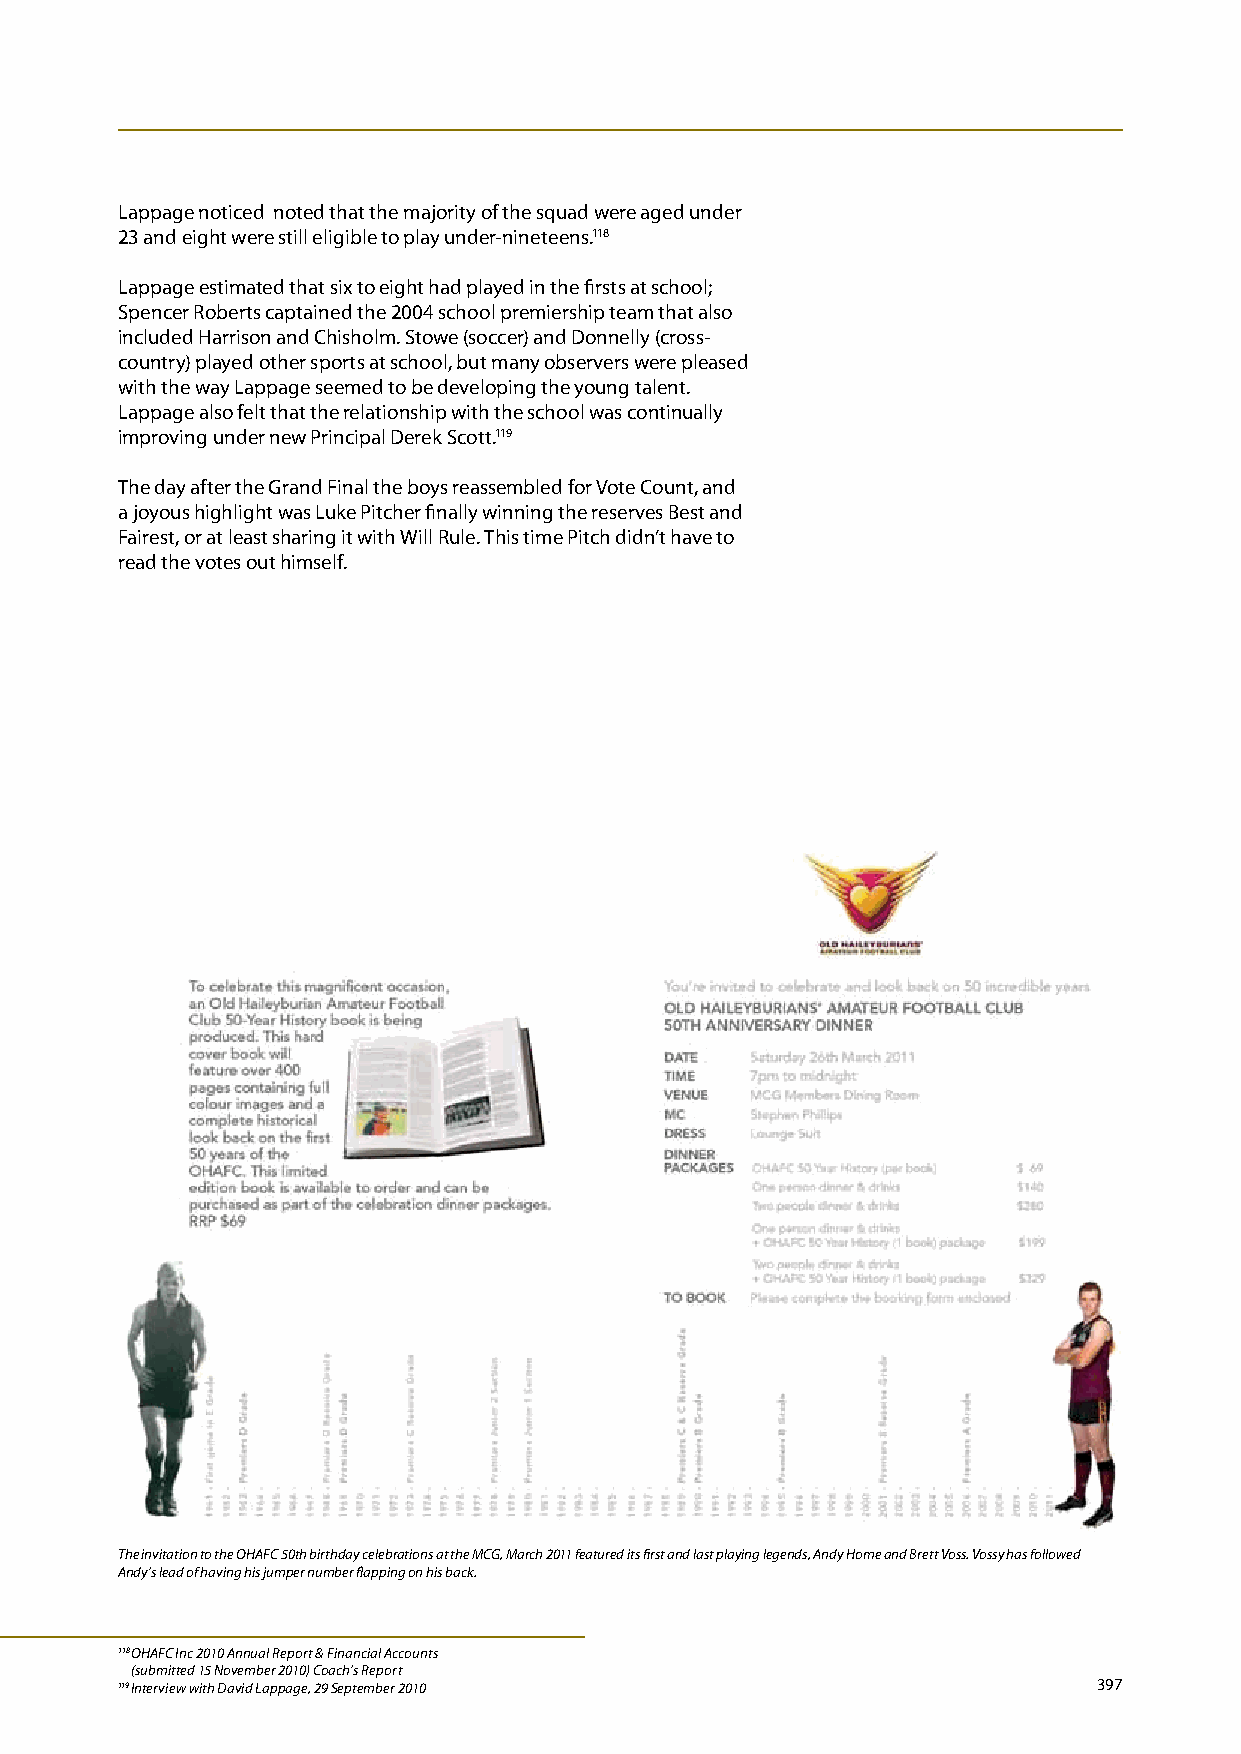
Lappage noticed noted that the majority of the squad were aged under
 23 and eight were still eligible to play under-nineteens.118
 Lappage estimated that six to eight had played in the firsts at school;
 Spencer Roberts captained the 2004 school premiership team that also
 included Harrison and Chisholm. Stowe (soccer) and Donnelly (cross-
 country) played other sports at school, but many observers were pleased
 with the way Lappage seemed to be developing the young talent.
 Lappage also felt that the relationship with the school was continually
 improving under new Principal Derek Scott.119
 The day after the Grand Final the boys reassembled for Vote Count, and
 a joyous highlight was Luke Pitcher finally winning the reserves Best and
 Fairest, or at least sharing it with Will Rule. This time Pitch didn’t have to
 read the votes out himself.
 The invitation to the OHAFC 50th birthday celebrations at the MCG, March 2011 featured its first and last playing legends, Andy Home and Brett Voss. Vossy has followed
 Andy’s lead of having his jumper number flapping on his back.
 118 OHAFC Inc 2010 Annual Report & Financial Accounts
 (submitted 15 November 2010) Coach’s Report
 119 Interview with David Lappage, 29 September 2010              397